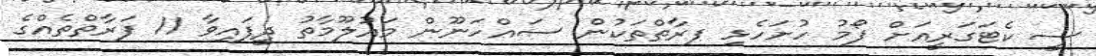
ސީ ކެޓަގަރީއަށް ފޯމު ހުށަހެޅި ފރާތްތަކުން ސައްހަނޫން މައުލޫމާތު ދީފައިވާ 11 ފަރާތްތެއްގެ